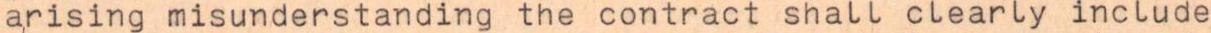
arising misunderstanding the contract shall clearly include